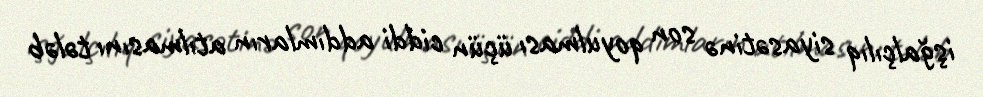
işğalçılıq siyasətinə son qoyulması üçün ciddi addımların atılmasını tələb